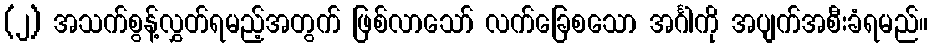
(၂) အသက်စွန့်လွှတ်ရမည့်အတွက် ဖြစ်လာသော် လက်ခြေစသော အင်္ဂါကို အပျက်အစီးခံရမည်။